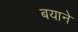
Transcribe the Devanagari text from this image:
बयाने